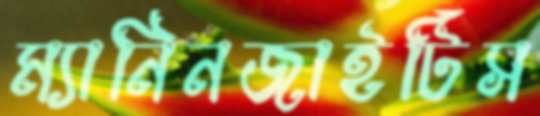
ম্যানিনজাইটিস